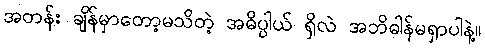
အတန်း ချိန်မှာတော့မသိတဲ့ အဓိပ္ပါယ် ရှိလဲ အဘိဓါန်မရှာပါနဲ့။